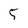
Character: 5